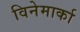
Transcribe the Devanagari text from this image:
विनेमार्का